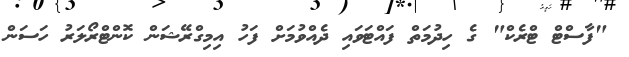
"ފާސްޓް ޓްރެކް" ގެ ހިދުމަތް ފައްޓަވައި ދެއްވުމަށް ފަހު އިމިގްރޭޝަން ކޮންޓްރޯލަރު ހަސަން